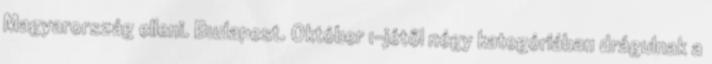
Magyarország elleni. Budapest. Október 1-jétől négy kategóriában drágulnak a